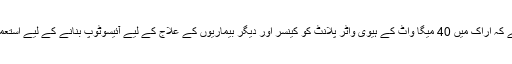
ایران کا کہنا ہے کہ اراک میں 40 میگا واٹ کے ہیوی واٹر پلانٹ کو کینسر اور دیگر بیماریوں کے علاج کے لیے آئیسوٹوپ بنانے کے لیے استعمال کیا جاتا ہے۔